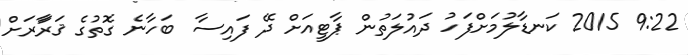
9:22 2015 ކަނޑާލުމަށްފަހު ދައުލަތުން ޕާޓީއަށް ދޭ ފައިސާ ބަހާނެ ގޮތުގެ ޤަރަާރަށް